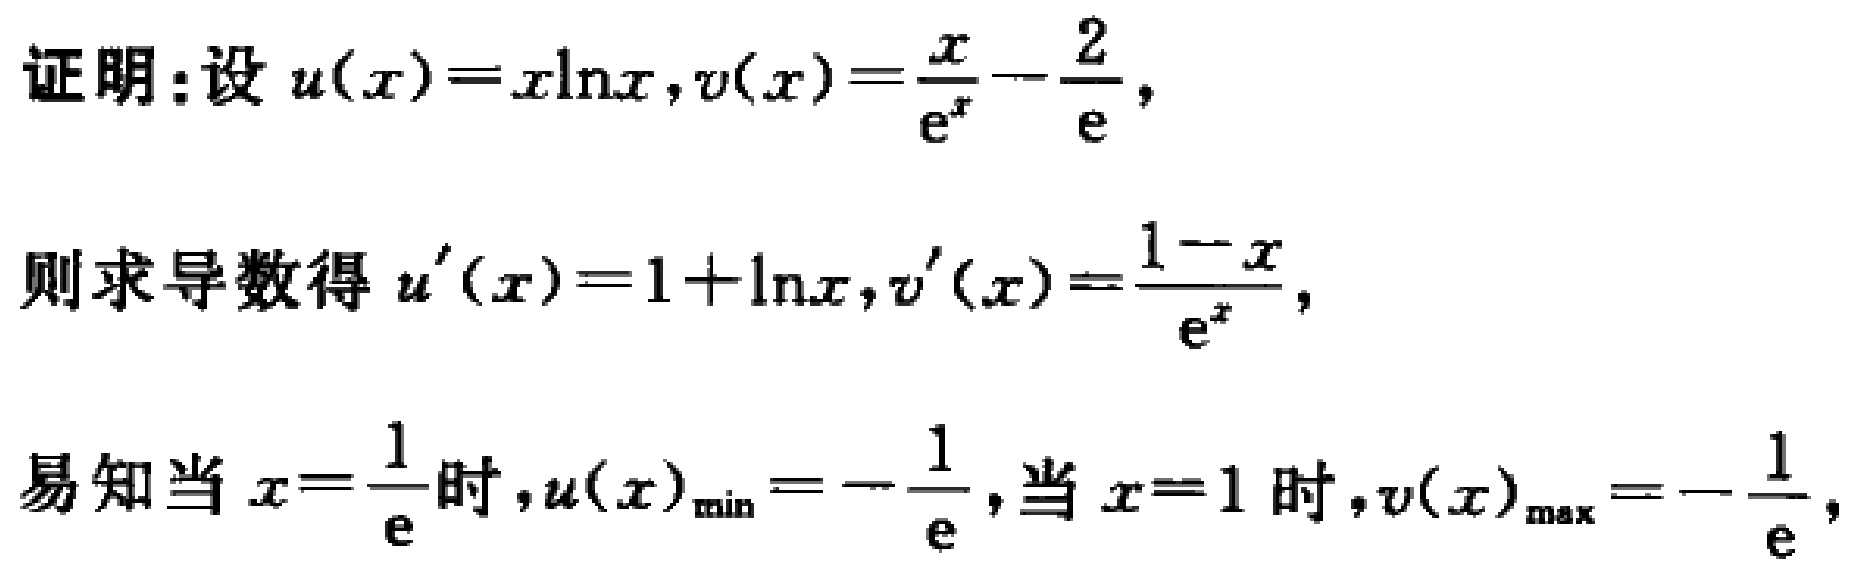
证明：设\(u(x)=x\ln x,v(x)=\frac{x}{e^{x}}-\frac{2}{e}\)，
则求导数得\(u^{\prime}(x)=1 + \ln x,v^{\prime}(x)=\frac{1 - x}{e^{x}}\)，
易知当\(x=\frac{1}{e}\)时，\(u(x)_{\min}=-\frac{1}{e}\)，当\(x = 1\)时，\(v(x)_{\max}=-\frac{1}{e}\)，